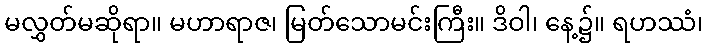
မလွှတ်မဆိုရာ။ မဟာရာဇ၊ မြတ်သောမင်းကြီး။ ဒိဝါ၊ နေ့၌။ ရဟဿံ၊